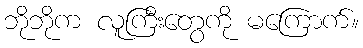
ဘိုဘိုက လူကြီးတွေကို မကြောက်။